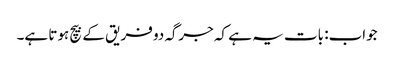
جواب: بات یہ ہے کہ جرگہ دو فریق کے بیچ ہوتا ہے۔